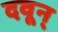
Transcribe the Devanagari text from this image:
दवून्